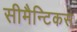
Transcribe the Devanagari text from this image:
सीमैन्टिकस